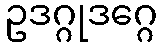
ဥဒဂ္ဂုဒဂ္ဂေ